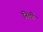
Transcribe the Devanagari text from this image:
निली